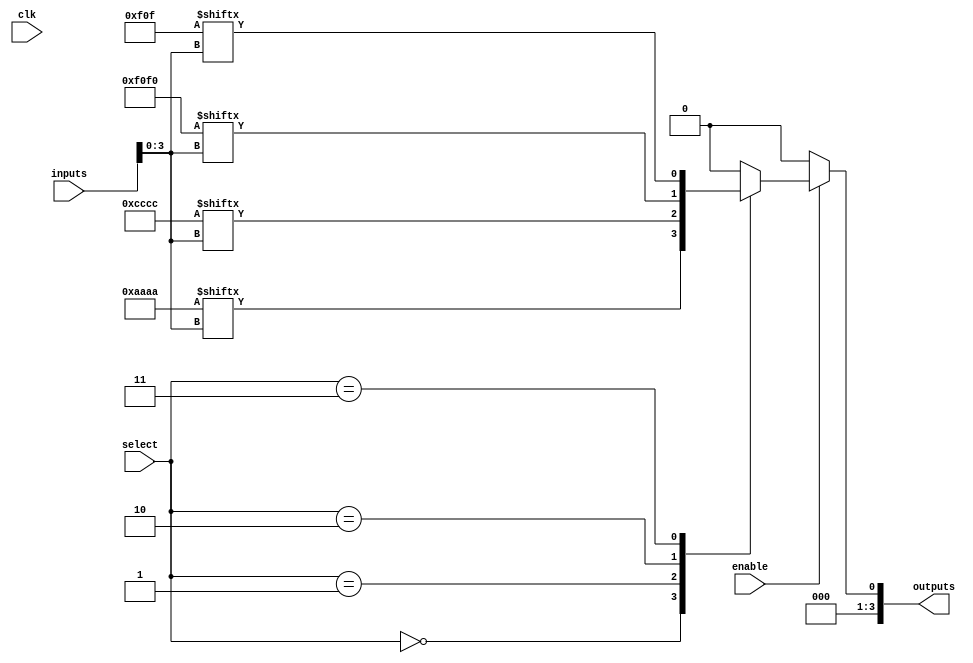
module CLB (
    input wire [15:0] inputs,     // 16 input pins
    input wire [3:0] select,       // Control signals for multiplexing
    input wire clk,                // Clock signal for flip-flops
    input wire enable,             // Enable signal for the CLB
    output reg [3:0] outputs       // 4 output pins
);

// Define LUTs as 16-bit registers (for 4-input LUTs)
reg [15:0] lut0, lut1, lut2, lut3;

// Intermediate signals for LUT outputs
wire lut_out0, lut_out1, lut_out2, lut_out3;

// LUT functionality (example truth tables)
assign lut_out0 = lut0[inputs[3:0]]; // LUT0 for inputs[3:0]
assign lut_out1 = lut1[inputs[3:0]]; // LUT1 for inputs[3:0]
assign lut_out2 = lut2[inputs[3:0]]; // LUT2 for inputs[3:0]
assign lut_out3 = lut3[inputs[3:0]]; // LUT3 for inputs[3:0]

// Multiplexer to select output based on 'select' signal
always @(*) begin
    if (enable) begin
        case (select)
            4'b0000: outputs = {3'b000, lut_out0}; // Output from LUT0
            4'b0001: outputs = {3'b000, lut_out1}; // Output from LUT1
            4'b0010: outputs = {3'b000, lut_out2}; // Output from LUT2
            4'b0011: outputs = {3'b000, lut_out3}; // Output from LUT3
            default: outputs = 4'b0000;            // Default case
        endcase
    end else begin
        outputs = 4'b0000; // Disable outputs when not enabled
    end
end

// Initialization of LUTs (example values)
initial begin
    lut0 = 16'b1010101010101010; // Example truth table for LUT0
    lut1 = 16'b1100110011001100; // Example truth table for LUT1
    lut2 = 16'b1111000011110000; // Example truth table for LUT2
    lut3 = 16'b0000111100001111; // Example truth table for LUT3
end

endmodule